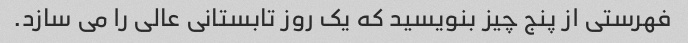
فهرستی از پنج چیز بنویسید که یک روز تابستانی عالی را می سازد.